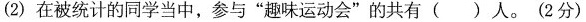
(2)在被统计的同学当中，参与”趣味运动会”的共有()人。(2分)